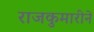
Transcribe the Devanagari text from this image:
राजकुमारीने